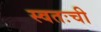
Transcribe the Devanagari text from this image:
स्वतःची